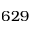
6 2 9